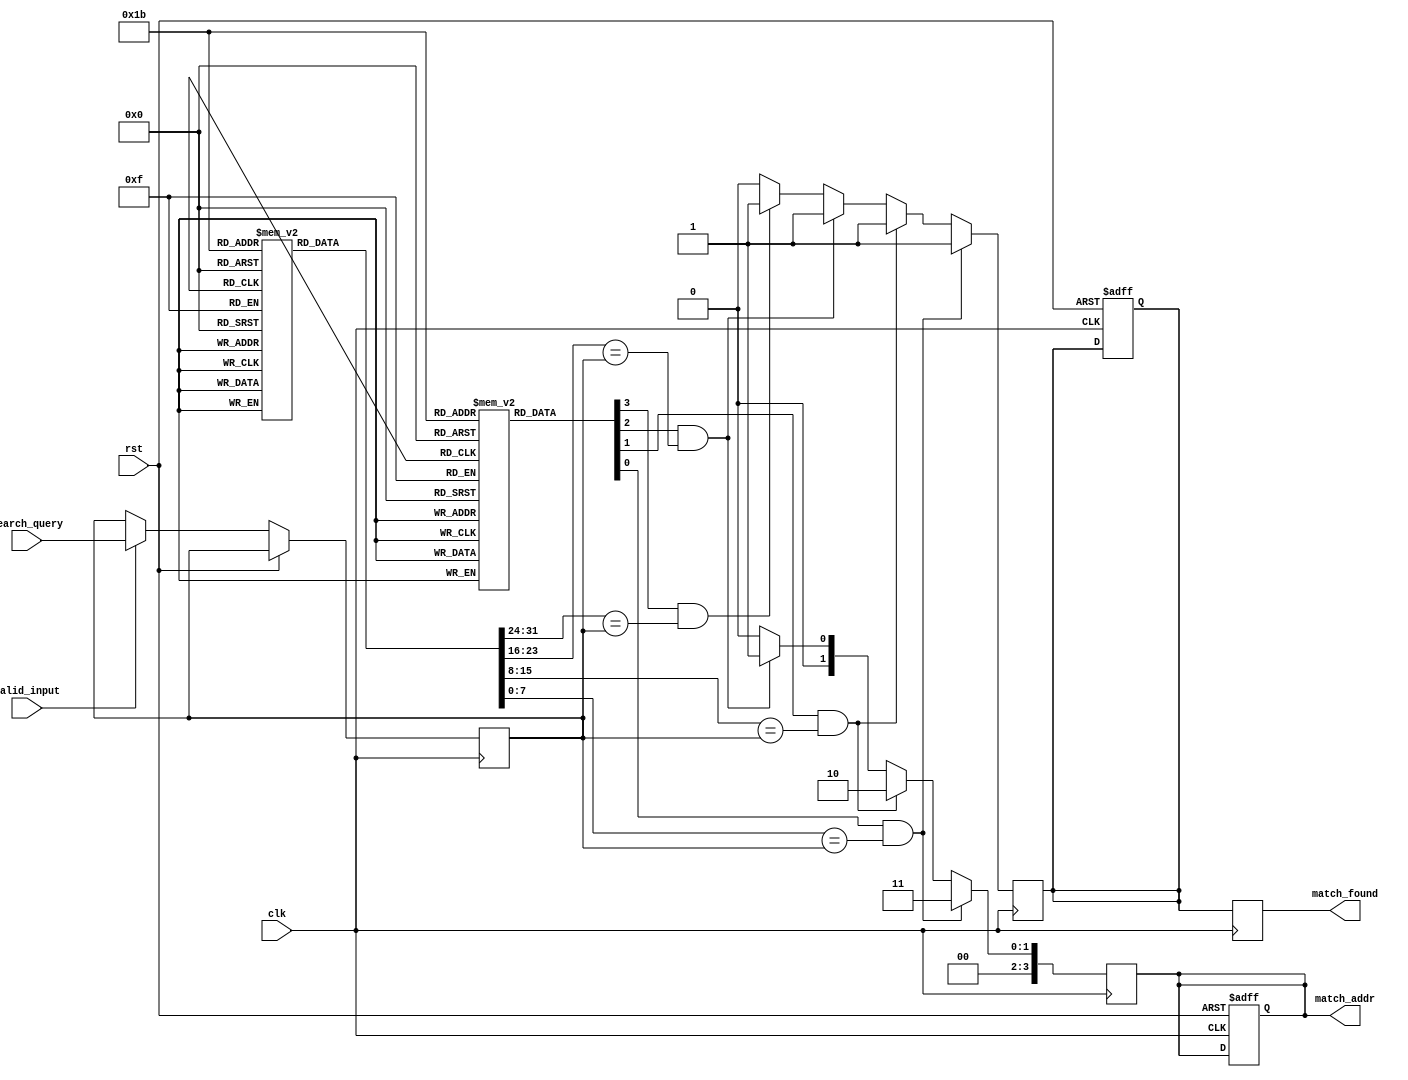
module pipelined_cam #(
    parameter DATA_WIDTH = 8,      // Width of data
    parameter ADDR_WIDTH = 4,      // Number of entries in CAM
    parameter MATCH_WIDTH = 8       // Width of match pattern
)(
    input wire clk,
    input wire rst,
    input wire [MATCH_WIDTH-1:0] search_query, // Search query input
    input wire valid_input,                     // Valid input signal
    output reg [ADDR_WIDTH-1:0] match_addr,    // Address of the matched entry
    output reg match_found                      // Match found signal
);

    // Memory array with valid bits
    reg [MATCH_WIDTH-1:0] cam_memory [0:ADDR_WIDTH-1];
    reg valid_bits [0:ADDR_WIDTH-1];

    // Pipeline registers
    reg [MATCH_WIDTH-1:0] query_reg;
    reg [ADDR_WIDTH-1:0] match_reg;
    reg match_found_reg;

    // Match logic
    integer i;
    always @(posedge clk or posedge rst) begin
        if (rst) begin
            match_found_reg <= 1'b0;
            match_addr <= {ADDR_WIDTH{1'b0}};
        end else if (valid_input) begin
            query_reg <= search_query; // Capture the search query
        end
    end

    // Match computation
    always @(posedge clk) begin
        match_found_reg <= 1'b0; // Reset match found signal
        match_addr <= {ADDR_WIDTH{1'b0}}; // Reset match address
        for (i = 0; i < ADDR_WIDTH; i = i + 1) begin
            if (valid_bits[i] && (cam_memory[i] == query_reg)) begin
                match_found_reg <= 1'b1;
                match_addr <= i; // Store the address of the match
            end
        end
    end

    // Output stage
    always @(posedge clk) begin
        match_found <= match_found_reg; // Output the match found signal
    end

    // Initialization of CAM memory and valid bits (for simulation purposes)
    initial begin
        // Initialize CAM memory and valid bits
        for (i = 0; i < ADDR_WIDTH; i = i + 1) begin
            cam_memory[i] = {MATCH_WIDTH{1'b0}}; // Initialize to zero
            valid_bits[i] = 1'b0; // Initialize valid bits to zero
        end
        // Example initialization (can be modified)
        cam_memory[0] = 8'hAA; valid_bits[0] = 1'b1;
        cam_memory[1] = 8'hBB; valid_bits[1] = 1'b1;
        cam_memory[2] = 8'hCC; valid_bits[2] = 1'b1;
        cam_memory[3] = 8'hDD; valid_bits[3] = 1'b1;
    end

endmodule